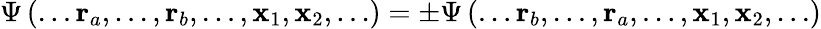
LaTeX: \Psi\left(\ldots\mathbf{r}_{a},\ldots,\mathbf{r}_{b},\ldots,\mathbf{x}_{1},\mathbf{x}_{2},\ldots\right)=\pm\Psi\left(\ldots\mathbf{r}_{b},\ldots,\mathbf{r}_{a},\ldots,\mathbf{x}_{1},\mathbf{x}_{2},\ldots\right)